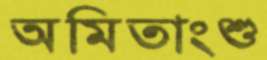
অমিতাংশু